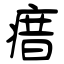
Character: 瘄